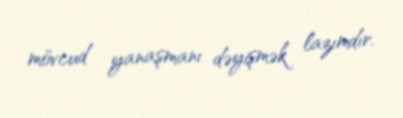
mövcud yanaşmanı dəyişmək lazımdır.